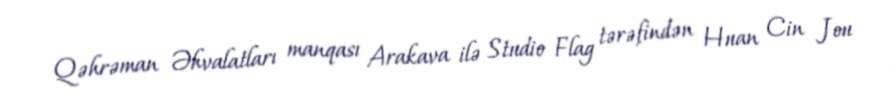
Qəhrəman Əhvalatları manqası Arakava ilə Studio Flag tərəfindən Huan Cin Jou